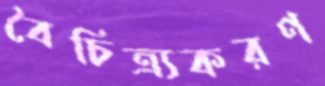
বৈচিত্র্যকরণ